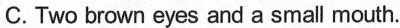
C.Two brown eyes and a small mouth.